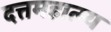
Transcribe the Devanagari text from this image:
दत्तमहात्म्य